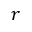
r